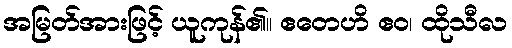
အမြတ်အားဖြင့် ယူကုန်၏။ ဧတေဟိ ဧဝ၊ ထိုသီလ